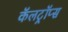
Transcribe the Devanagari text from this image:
कॅलट्रॉप्स